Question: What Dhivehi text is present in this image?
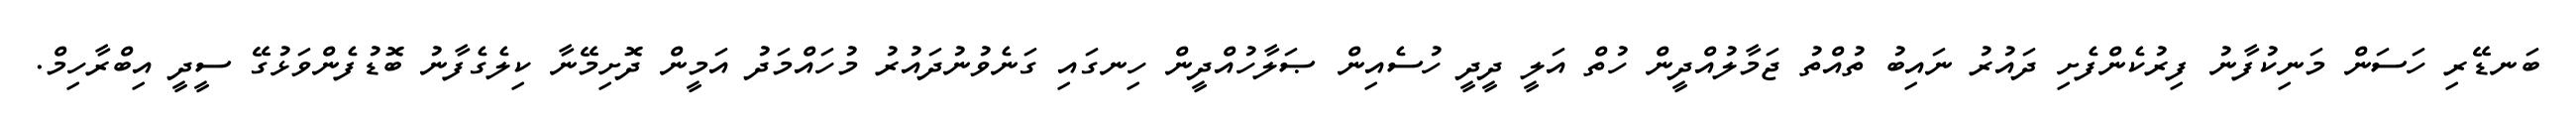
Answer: ބަނޑޭރި ހަސަން މަނިކުފާނު ފިރުކެންފެށި ދައުރު ނައިބު ތުއްތު ޖަމާލުއްދީން ހުތް އަލީ ދީދީ ހުސެއިން ޞަލާހުއްދީން ހިނގައި ގަނެވުނުދައުރު މުހައްމަދު އަމީން ދޮށިމޭނާ ކިލެގެފާނު ބޮޑުފެންވަޅުގޭ ސީދީ އިބްރާހިމް.